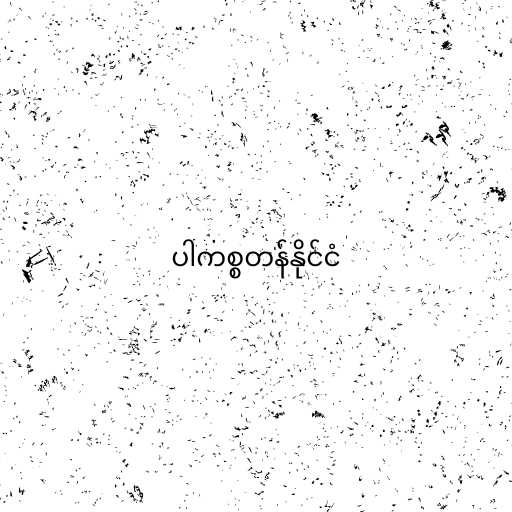
ပါကစ္စတန်နိုင်ငံ